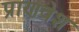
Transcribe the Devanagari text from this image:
प्राणवेश